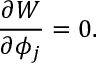
\frac { \partial W } { \partial \phi _ { j } } = 0 .